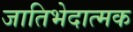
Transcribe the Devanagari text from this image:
जातिभेदात्मक